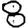
Digit: 8